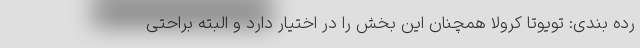
رده بندی: تویوتا کرولا همچنان این بخش را در اختیار دارد و البته براحتی